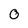
Character: 0